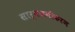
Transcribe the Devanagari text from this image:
सार्वजनीकरण